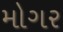
મોગર